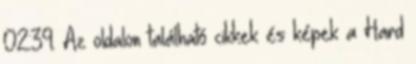
02:39. Az oldalon található cikkek és képek a Hard